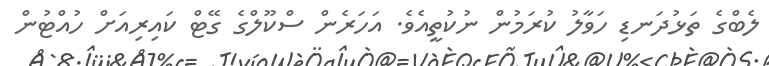
ލެބްގެ ތަޅުދަނޑި ހަވާލު ކުރަމުން ނުކުތީއެވެ. އަހަރެން ސްކޫލްގެ ގޭޓް ކައިރިއަށް ހުއްޓުން